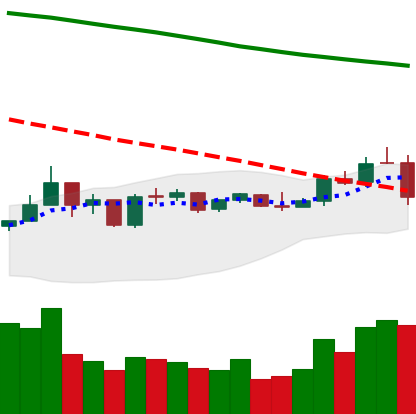
Ticker: NEO-USD
Chart end date: 2019-01-10
Forward return: -4.34%
Label: down_3_5